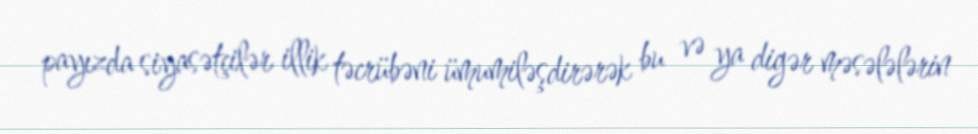
payızda siyasətçilər illik təcrübəni ümumiləşdirərək bu və ya digər məsələlərin